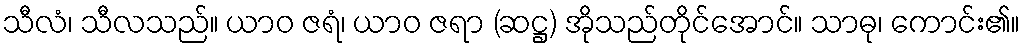
သီလံ၊ သီလသည်။ ယာဝ ဇရံ၊ ယာဝ ဇရာ (ဆဋ္ဌ) အိုသည်တိုင်အောင်။ သာဓု၊ ကောင်း၏။